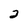
Character: 2